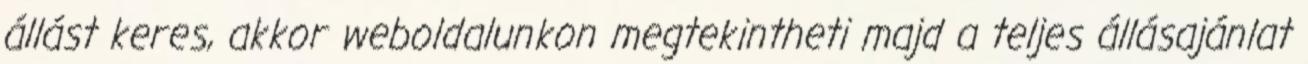
állást keres, akkor weboldalunkon megtekintheti majd a teljes állásajánlat